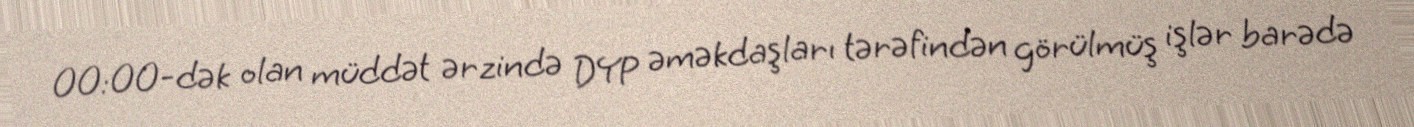
00:00-dək olan müddət ərzində DYP əməkdaşları tərəfindən görülmüş işlər barədə